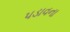
પડાવના